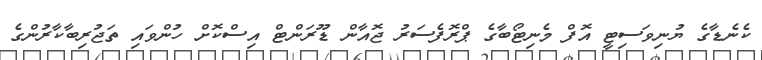
ކެނެޑާގެ ޔުނިވަސިޓީ އޮފް މެނިޓޯބާގެ ޕްރޮފެސަރު ޖޮއާން ޑޫރަންޓް އިސްކޮށް ހުންވައި ތަޖުރިބާކާރުންގެ